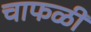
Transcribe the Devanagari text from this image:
चाफळी